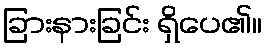
ခြားနားခြင်း ရှိပေ၏။